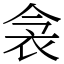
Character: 衾